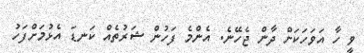
ވީ ހާ އަވަހަކަށް ދާން ޖެހޭނެ. އެންމެ ފަހުން ޝަރުތެއް ކަނޑަ އެޅުމަށްފަހު